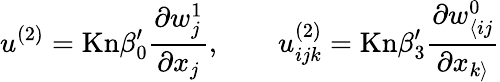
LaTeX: u^{(2)}=\mathrm{Kn}\beta_{0}^{\prime}\frac{\partial w_{j}^{1}}{\partial x_{j}},\qquad u_{ijk}^{(2)}=\mathrm{Kn}\beta_{3}^{\prime}\frac{\partial w_{\langle ij}^{0}}{\partial x_{k\rangle}}